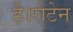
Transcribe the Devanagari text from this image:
है।रोटेन